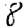
Digit: 8